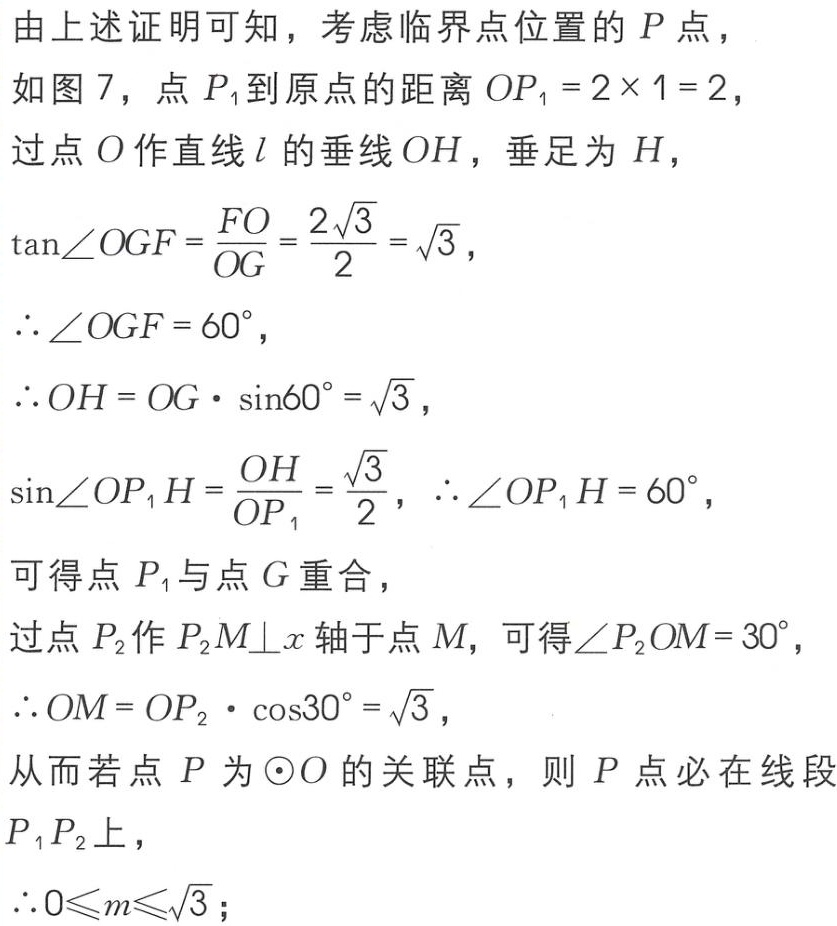
由上述证明可知，考虑临界点位置的 \(P\) 点，
如图 7，点 \(P_1\) 到原点的距离 \(OP_1 = 2\times 1 = 2\)，
过点 \(O\) 作直线 \(l\) 的垂线 \(OH\)，垂足为 \(H\)，
\(\tan\angle{OGF}=\frac{FO}{OG}=\frac{2\sqrt{3}}{2}=\sqrt{3}\)，
\(\therefore\angle{OGF} = 60^{\circ}\)，
\(\therefore OH = OG\cdot\sin60^{\circ}=\sqrt{3}\)，
\(\sin\angle{OP_1H}=\frac{OH}{OP_1}=\frac{\sqrt{3}}{2}\)，\(\therefore\angle{OP_1H} = 60^{\circ}\)，
可得点 \(P_1\) 与点 \(G\) 重合，
过点 \(P_2\) 作 \(P_2M\perp x\) 轴于点 \(M\)，可得\(\angle{P_2OM}= 30^{\circ}\)，
\(\therefore OM = OP_2\cdot\cos30^{\circ}=\sqrt{3}\)，
从而若点 \(P\) 为 \(\odot O\) 的关联点，则 \(P\) 点必在线段 \(P_1P_2\) 上，
\(\therefore 0\leqslant m\leqslant\sqrt{3}\)；